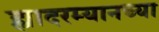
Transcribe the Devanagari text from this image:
ह्यादरम्यानच्या